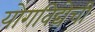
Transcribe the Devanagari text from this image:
योगविद्येची